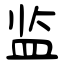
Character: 监